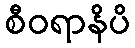
စီဝရာနိပိ